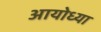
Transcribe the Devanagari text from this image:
अायोध्या